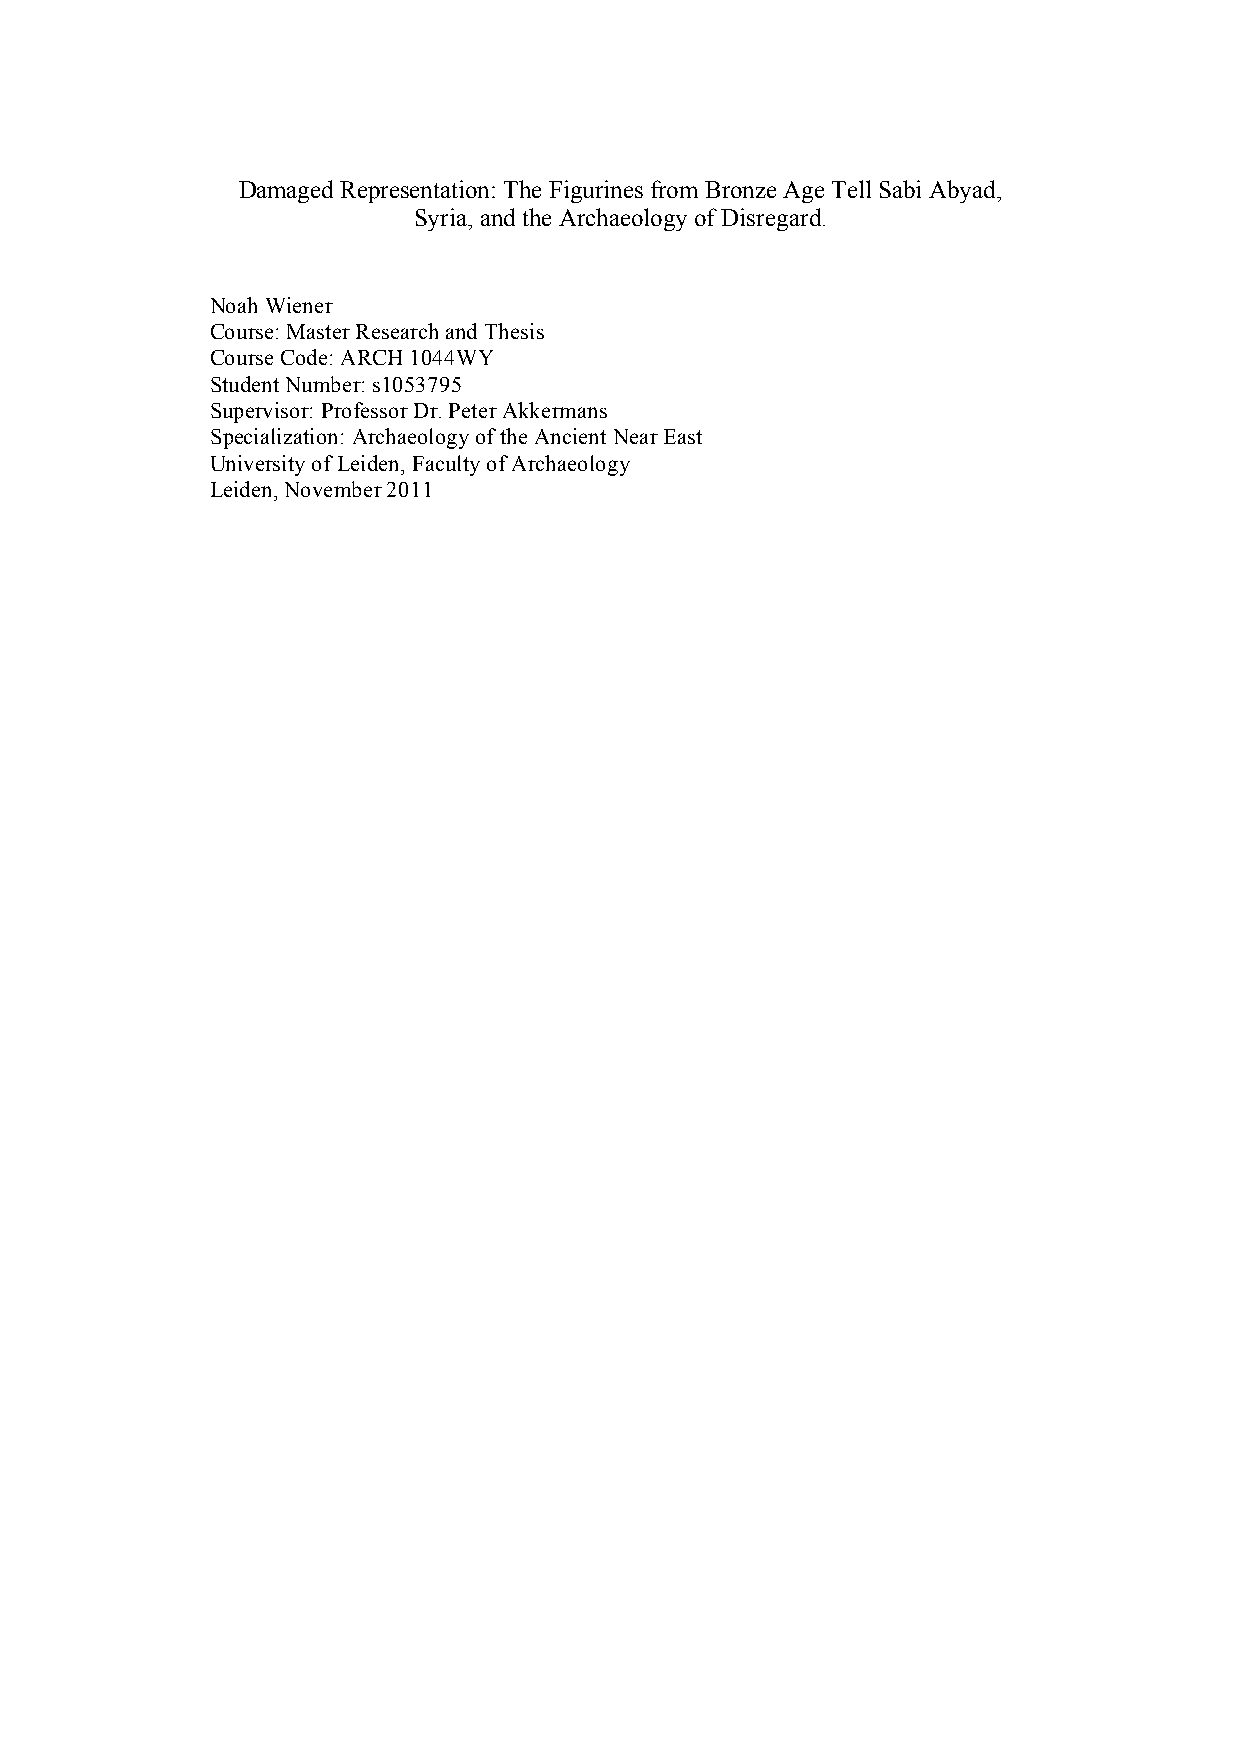
Damaged Representation: The Figurines from Bronze Age Tell Sabi Abyad,
 Syria, and the Archaeology of Disregard.
 Noah Wiener
 Course: Master Research and Thesis
 Course Code: ARCH 1044WY
 Student Number: s1053795
 Supervisor: Professor Dr. Peter Akkermans
 Specialization: Archaeology of the Ancient Near East
 University of Leiden, Faculty of Archaeology
 Leiden, November 2011